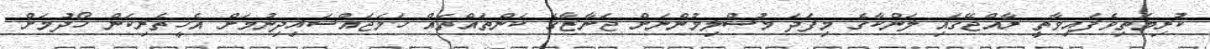
ކުރިމަތިވެފައިވާތީ ރާއްޖޭގައި ލަންކާގެ މިފަދަ މުސްލިމުންނަށް ޖަނާޒާގެ ކަންތައްތައް ހަމަޖައްސައިދިނުމަށް އެހީތެރިކަން ހޯދުމަށް